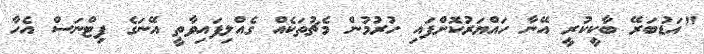
"އަޑުބަރޭ ބާކީކުރީ އޭނާ ހައްޔަރުކޮށްފައި ހުރުމުން މެޗުތަކެއް ގެއްލިފައިވާތީ އޭނަގެ ފިޓްނަސް އެހާ